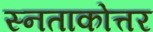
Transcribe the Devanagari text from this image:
स्नताकोत्तर